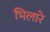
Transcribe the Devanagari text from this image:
भिलारे